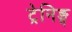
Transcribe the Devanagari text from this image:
ट्रेनिङ्ग